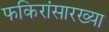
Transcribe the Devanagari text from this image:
फकिरांसारख्या